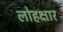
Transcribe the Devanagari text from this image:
लोहक्षार